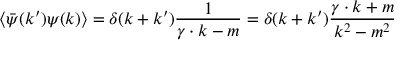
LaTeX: \left\langle { \bar { \psi } } ( k ^ { \prime } ) \psi ( k ) \right\rangle = \delta ( k + k ^ { \prime } ) { \frac { 1 } { \gamma \cdot k - m } } = \delta ( k + k ^ { \prime } ) { \frac { \gamma \cdot k + m } { k ^ { 2 } - m ^ { 2 } } }